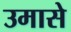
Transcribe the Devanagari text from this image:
उमासे